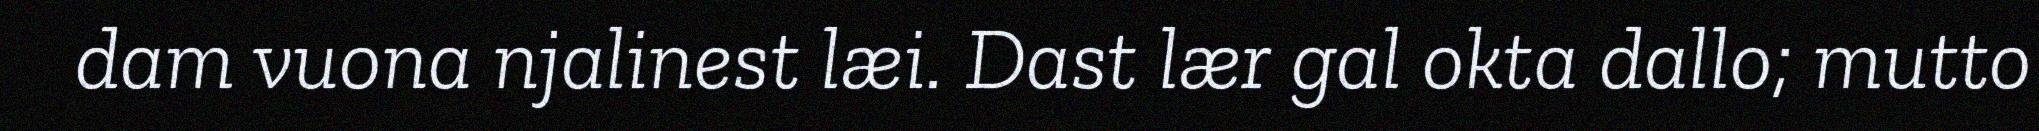
dam vuona njalinest læi. Dast lær gal okta dallo; mutto